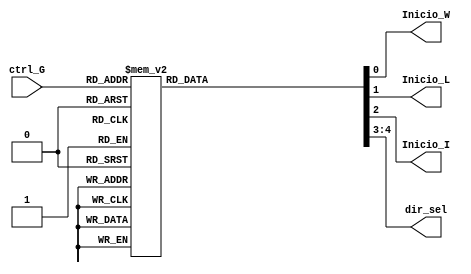
`timescale 1ns / 1ps
//////////////////////////////////////////////////////////////////////////////////
// Company: 
// Engineer: 
// 
// Design Name: 
// Module Name:    Deco_General 
// Project Name: 
// Target Devices: 
// Tool versions: 
// Description: 
//
// Dependencies: 
//
// Revision: 
// Revision 0.01 - File Created
// Additional Comments: 
//
//////////////////////////////////////////////////////////////////////////////////
module Deco_General(
   input wire [3:0] ctrl_G,
	output reg Inicio_W,Inicio_L,Inicio_I,
	output reg [1:0] dir_sel
    );

always @* 
	
	case(ctrl_G)
	
		4'b0000: //a 
			begin		
			Inicio_W = 0;
			Inicio_L = 0;
			Inicio_I = 0;
			dir_sel = 2'b11;
			end
		
		4'b0001: //b 
			begin		
			Inicio_W = 0;
			Inicio_L = 0;
			Inicio_I = 1;
			dir_sel = 2'b10;
			end
			
		4'b0010: //c 
			begin		
			Inicio_W = 0;
			Inicio_L = 0;
			Inicio_I = 0;
			dir_sel = 2'b10;
			end
			
		4'b0011: //d 
			begin		
			Inicio_W = 1;
			Inicio_L = 0;
			Inicio_I = 0;
			dir_sel = 2'b01;
			end
			
		4'b0100: //e 
			begin		
			Inicio_W = 0;
			Inicio_L = 0;
			Inicio_I = 0;
			dir_sel = 2'b01;
			end
			
		4'b0101: //f 
			begin		
			Inicio_W = 0;
			Inicio_L = 1;
			Inicio_I = 0;
			dir_sel = 2'b00;
			end
			
		4'b0110: //g 
			begin		
			Inicio_W = 0;
			Inicio_L = 0;
			Inicio_I = 0;
			dir_sel = 2'b00;
			end
		
		4'b0111: //h 
			begin		
			Inicio_W = 0;
			Inicio_L = 0;
			Inicio_I = 0;
			dir_sel = 2'b00;
			end
		
		4'b1000: //i 
			begin		
			Inicio_W = 0;
			Inicio_L = 0;
			Inicio_I = 0;
			dir_sel = 2'b11;
			end
			
		default:
			begin		
			Inicio_W = 0;
			Inicio_L = 0;
			Inicio_I = 0;
			dir_sel = 2'b11;
			end
		endcase
endmodule